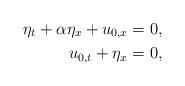
LaTeX: \begin{align*} \eta_{t}+\alpha\eta_{x}+u_{0,x}=0, \\ u_{0,t}+\eta_{x}=0,\end{align*}